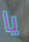
يا